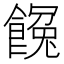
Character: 𩝸